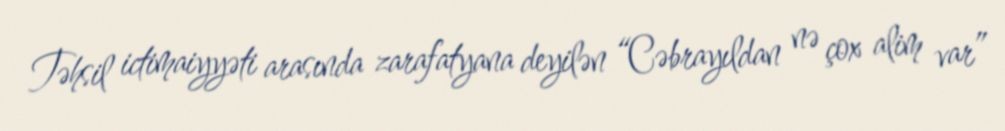
Təhsil ictimaiyyəti arasında zarafatyana deyilən “Cəbrayıldan nə çox alim var”